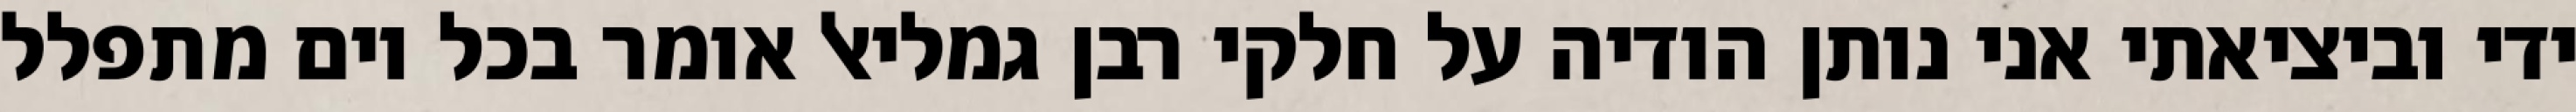
ידי וביציאתי אני נותן הודיה על חלקי רבן גמליאל אומר בכל יום מתפלל